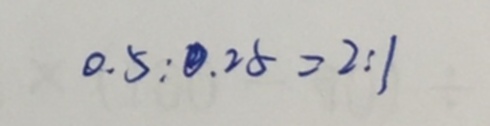
0 . 5 : 0 . 2 5 = 2 : 1